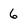
Character: 6